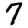
Digit: 7